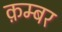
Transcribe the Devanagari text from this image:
क़म्बर